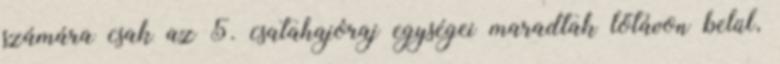
számára csak az 5. csatahajóraj egységei maradtak lőtávon belül,